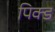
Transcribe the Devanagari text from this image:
पिक्ड